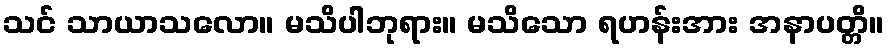
သင် သာယာသလော။ မသိပါဘုရား။ မသိသော ရဟန်းအား အနာပတ္တိ။